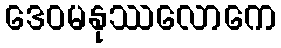
ဒေဝမနုဿလောကေ